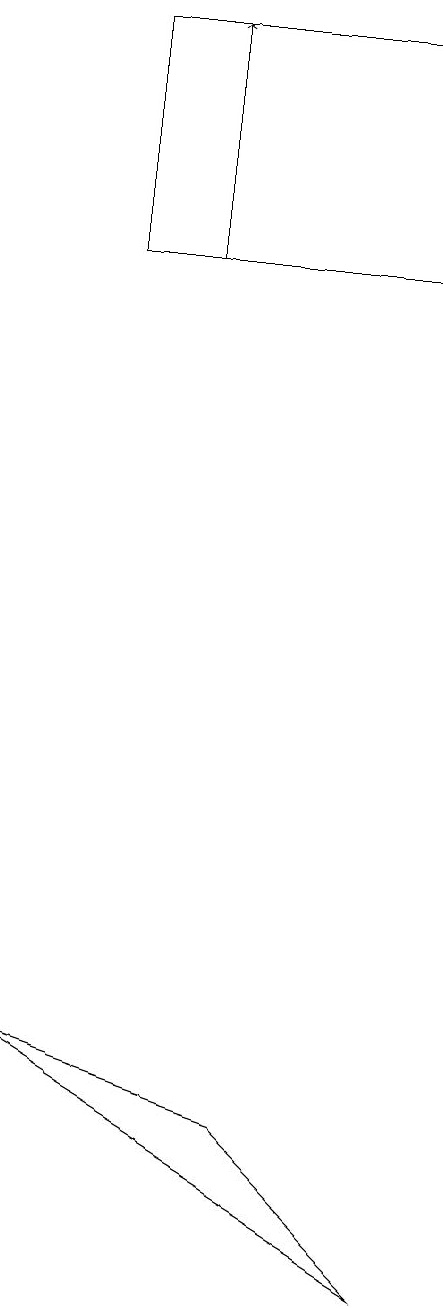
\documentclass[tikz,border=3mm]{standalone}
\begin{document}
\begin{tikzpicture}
\draw (3,18) rectangle (7,15);
\draw[->] (4,15) -- (4,18);
\draw (2,5) -- (5,4) -- (7,2) -- cycle;
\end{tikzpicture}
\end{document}